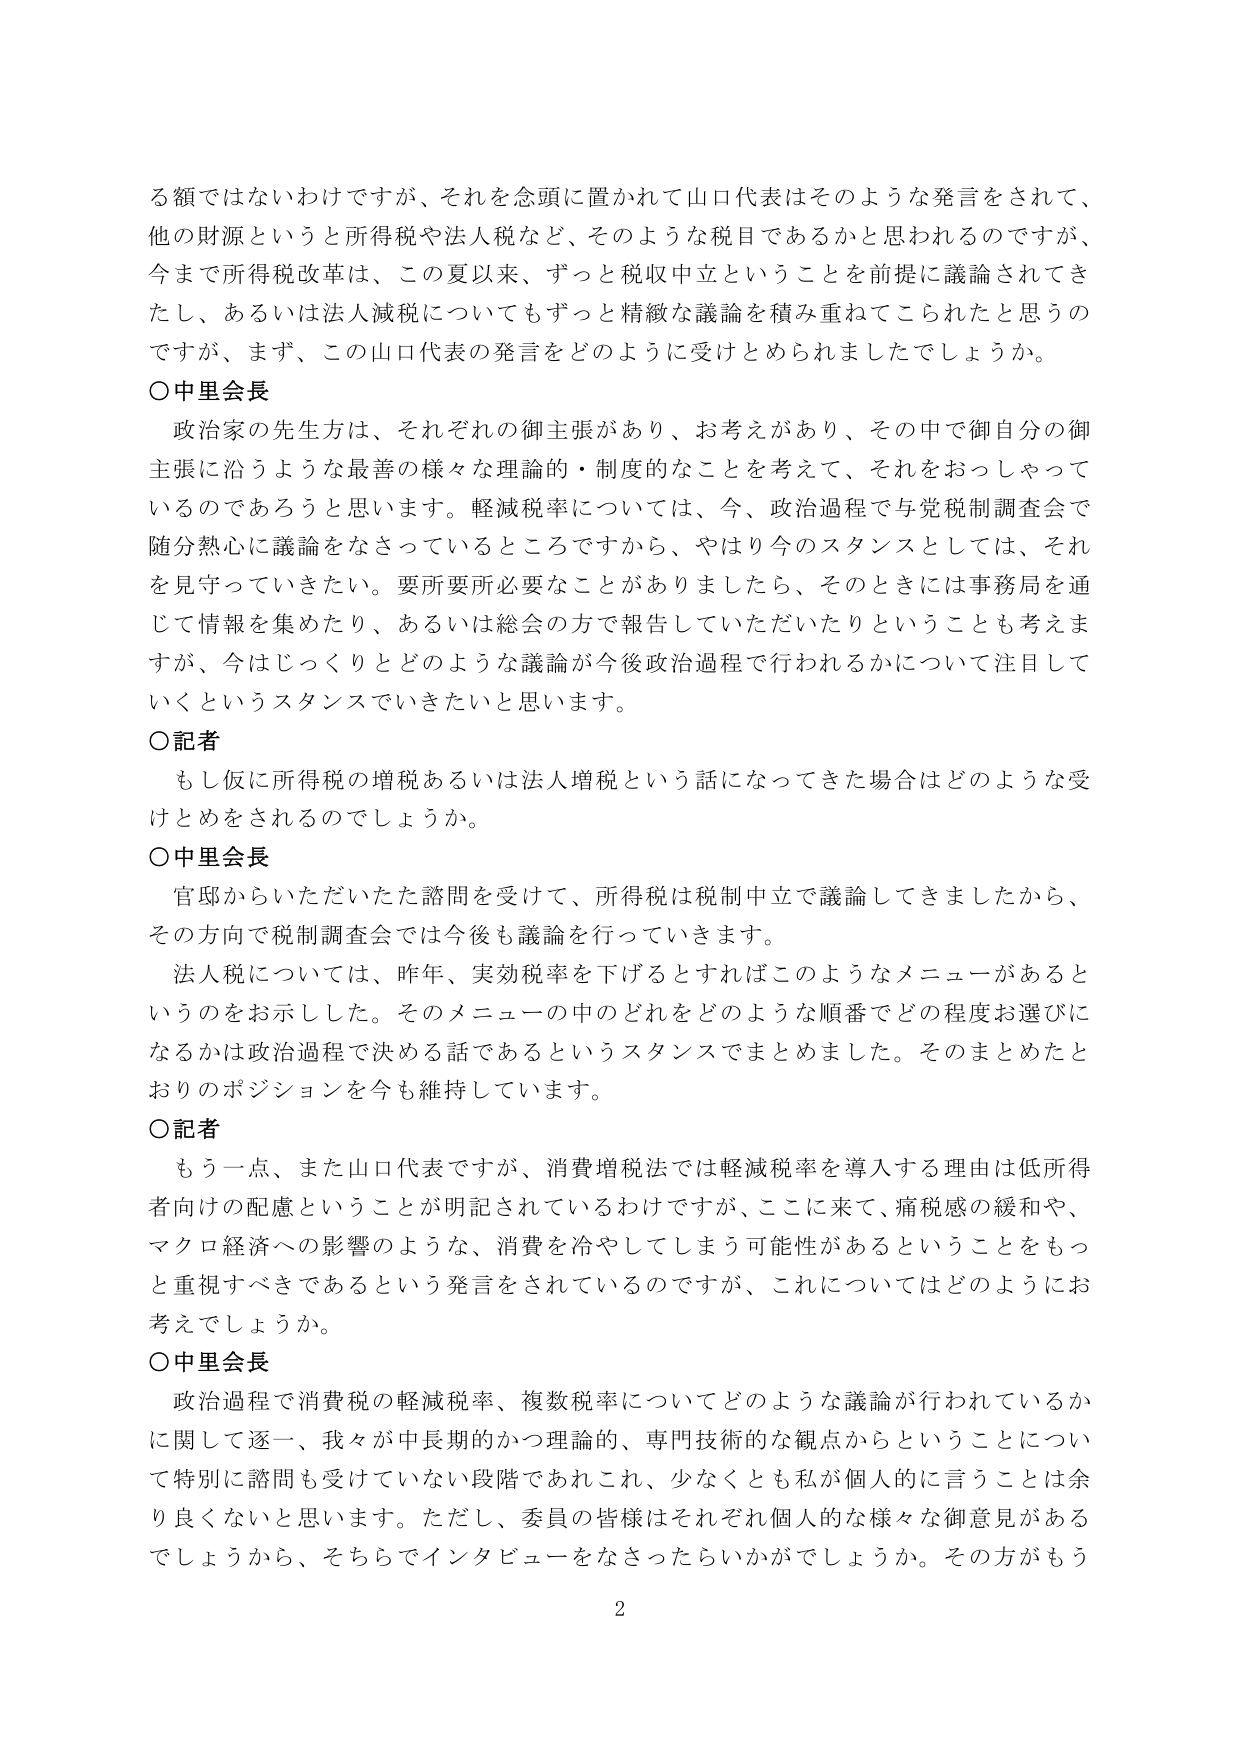
る額ではないわけですが、それを念頭に置かれて山口代表はそのような発言をされて、
他の財源というと所得税や法人税など、そのような税目であるかと思われのですが、
今まで所得税改革は、この夏以来、ずっと税収中立ということを前提に議論されてき
たし、あるいは法人減税についてもずっと精緻な議論を積み重ねてこられたと思うの
ですが、まず、この山口代表の発言をどのように受けとめられましたでしょうか。
○中里会長
　政治家の先生方は、それぞれの御主張があり、お考えがあり、その中で御自分の御
主張に沿うような最善の様々な理論的・制度的なことを考えて、それをおっしゃって
いるのであろうと思います。軽減税率については、今、政治過程で与党税制調査会で
随分熱心に議論をなさっているところですから、やはり今のスタンスとしては、それ
を見守っていきたい。要所要所必要なことがありましたら、そのときには事務局を通
じて情報を集めたり、あるいは総会の方で報告していただいたりということも考えま
すが、今はじっくりとどのような議論が今後政治過程で行われるかについて注目して
いくというスタンスでいきたいと思います。
○記者
　もし仮に所得税の増税あるいは法人増税という話になってきた場合はどのような受
けとめをされるのでしょうか。
○中里会長
　官邸からいただいたた諮問を受けて、所得税は税制中立で議論してきましたから、
その方向で税制調査会では今後も議論を行っていきます。
　法人税については、昨年、実効税率を下げるとなればこのようなメニューがあると
いうのをお示しした。そのメニューの中のどれをどのような順番でどの程度お選びに
なるかは政治過程で決める話であるというスタンスでまとめました。そのまとめたと
おりのポジションを今も維持しています。
○記者
　もう一点、また山口代表ですが、消費増税法では軽減税率を導入する理由は低所得
者向けの配慮ということが明記されているわけですが、ここに来て、痛税感の緩和や、
マクロ経済への影響のような、消費を冷やしてしまう可能性があるということをもっ
と重視すべきであるという発言をされているのですが、これについてはどのようにお
考えでしょうか。
○中里会長
　政治過程で消費税の軽減税率、複数税率についてどのような議論が行われているか
に関して逐一、我々が中長期的かつ理論的、専門技術的な観点からということについ
て特別に諮問も受けていない段階であれこれ、少なくとも私が個人的に言うことは余
り良くないと思います。ただし、委員の皆様はそれぞれ個人的な様々な御意見がある
でしょうから、そちらでインタビューをなさったらいかがでしょうか。その方がもう
2